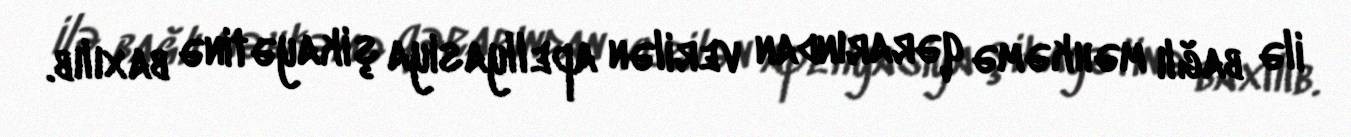
ilə bağlı məhkəmə qərarından verilən apellyasiya şikayətinə baxılıb.